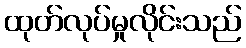
ထုတ်လုပ်မှုလိုင်းသည်